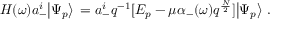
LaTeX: H ( \omega ) a _ { - } ^ { i } \big | \Psi _ { p } \big > \, = a _ { - } ^ { i } q ^ { - 1 } [ E _ { p } - \mu \alpha _ { - } ( \omega ) q ^ { \frac { N } { 2 } } ] \big | \Psi _ { p } \big > \ .